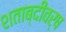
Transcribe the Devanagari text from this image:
शताब्दीवर्ष